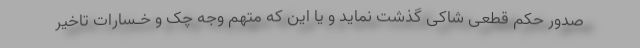
صدور حکم قطعی شاکی گذشت نماید و یا این که متهم وجه چک و خـسارات تاخیر